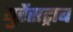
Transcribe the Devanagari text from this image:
युरेंसट्राब